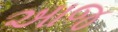
અાજ